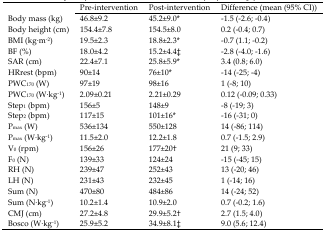
<table><thead><tr><td>[EMPTY_CELL]</td><td><b>Pre-intervention</b></td><td><b>Post-intervention</b></td><td><b>Difference (mean (95% CI))</b></td></tr></thead><tbody><tr><td>Body mass (kg)</td><td>46.8±9.2</td><td>45.2±9.0*</td><td>−1.5 (−2.6; −0.4)</td></tr><tr><td>Body height (cm)</td><td>154.4±7.8</td><td>154.5±8.0</td><td>0.2 (−0.4; 0.7)</td></tr><tr><td>BMI (kg·m<sup>−2</sup>)</td><td>19.5±2.3</td><td>18.8±2.3*</td><td>−0.7 (1.1; −0.2)</td></tr><tr><td>BF (%)</td><td>18.0±4.2</td><td>15.2±4.4‡</td><td>−2.8 (−4.0; −1.6)</td></tr><tr><td>SAR (cm)</td><td>22.4±7.1</td><td>25.8±5.9*</td><td>3.4 (0.8; 6.0)</td></tr><tr><td>HRrest (bpm)</td><td>90±14</td><td>76±10*</td><td>−14 (−25; −4)</td></tr><tr><td>PWC<sub>170</sub> (W)</td><td>97±19</td><td>98±16</td><td>1 (−8; 10)</td></tr><tr><td>PWC<sub>170</sub> (W·kg<sup>−1</sup>)</td><td>2.09±0.21</td><td>2.21±0.29</td><td>0.12 (−0.09; 0.33)</td></tr><tr><td>Step<sub>1</sub> (bpm)</td><td>156±5</td><td>148±9</td><td>−8 (−19; 3)</td></tr><tr><td>Step<sub>2</sub> (bpm)</td><td>117±15</td><td>101±16*</td><td>−16 (−31; 0)</td></tr><tr><td>P<sub>max</sub> (W)</td><td>536±134</td><td>550±128</td><td>14 (−86; 114)</td></tr><tr><td>P<sub>max</sub> (W·kg<sup>−1</sup>)</td><td>11.5±2.0</td><td>12.2±1.8</td><td>0.7 (−1.5; 2.9)</td></tr><tr><td>V<sub>0</sub> (rpm)</td><td>156±26</td><td>177±20†</td><td>21 (9; 33)</td></tr><tr><td>F<sub>0</sub> (N)</td><td>139±33</td><td>124±24</td><td>−15 (−45; 15)</td></tr><tr><td>RH (N)</td><td>239±47</td><td>252±43</td><td>13 (−20; 46)</td></tr><tr><td>LH (N)</td><td>231±43</td><td>232±45</td><td>1 (−14; 16)</td></tr><tr><td>Sum (N)</td><td>470±80</td><td>484±86</td><td>14 (−24; 52)</td></tr><tr><td>Sum (N·kg<sup>−1</sup>)</td><td>10.2±1.4</td><td>10.9±2.0</td><td>0.7 (−0.2; 1.6)</td></tr><tr><td>CMJ (cm)</td><td>27.2±4.8</td><td>29.9±5.2†</td><td>2.7 (1.5; 4.0)</td></tr><tr><td>Bosco (W·kg<sup>−1</sup>)</td><td>25.9±5.2</td><td>34.9±8.1‡</td><td>9.0 (5.6; 12.4)</td></tr></tbody></table>